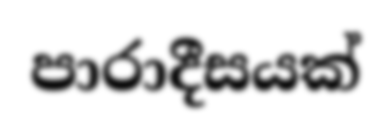
පාරාදීසයක්